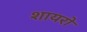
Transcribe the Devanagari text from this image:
शायरो